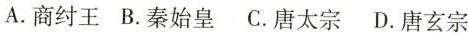
A.商纣王 B.秦始皇 C.唐太宗 D.唐玄宗